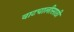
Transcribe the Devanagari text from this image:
वाटचालीसाठी